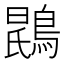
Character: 𫛂